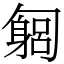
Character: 匔